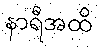
နာရီအထိ